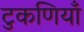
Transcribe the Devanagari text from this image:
टुकणियाँ